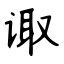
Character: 诹